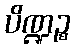
ပိဏ္ဍဉ္စ